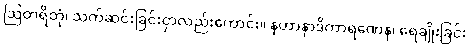
ဩတရိတုံ၊ သက်ဆင်းခြင်းငှာလည်းကောင်း။ နဟာနာဒိကာရဏေန၊ ရေချိုးခြင်း